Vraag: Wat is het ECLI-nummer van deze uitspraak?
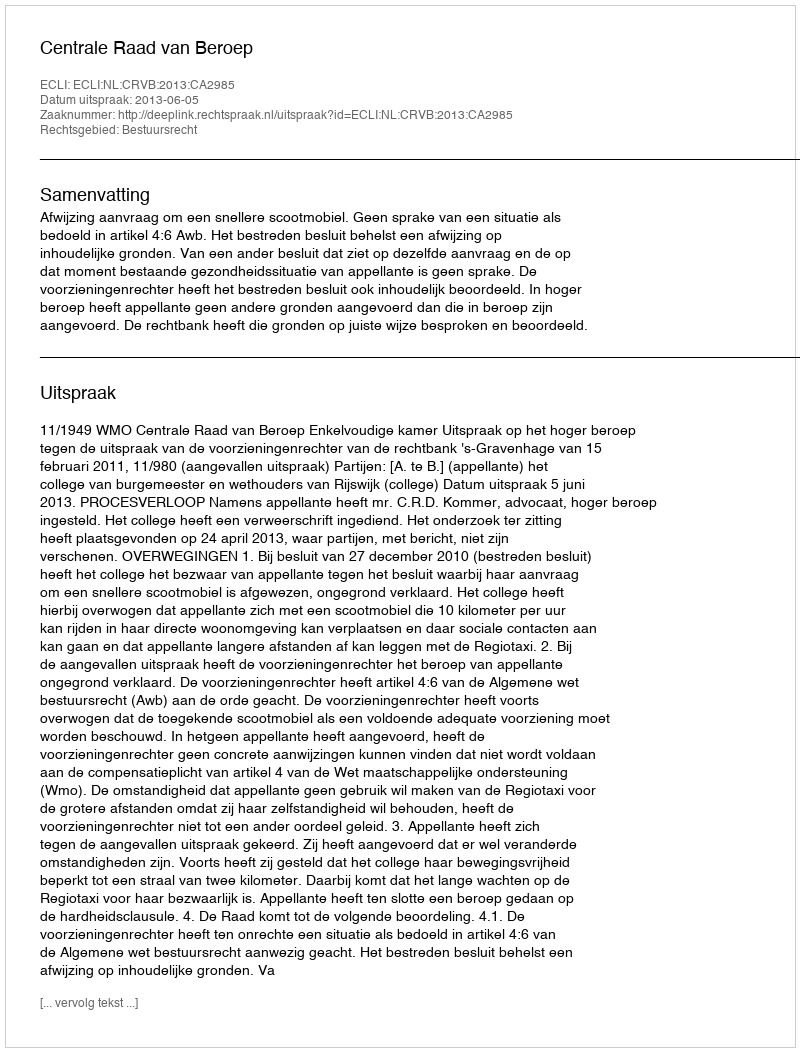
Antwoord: ECLI:NL:CRVB:2013:CA2985